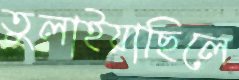
তুলাইয়াছিলে